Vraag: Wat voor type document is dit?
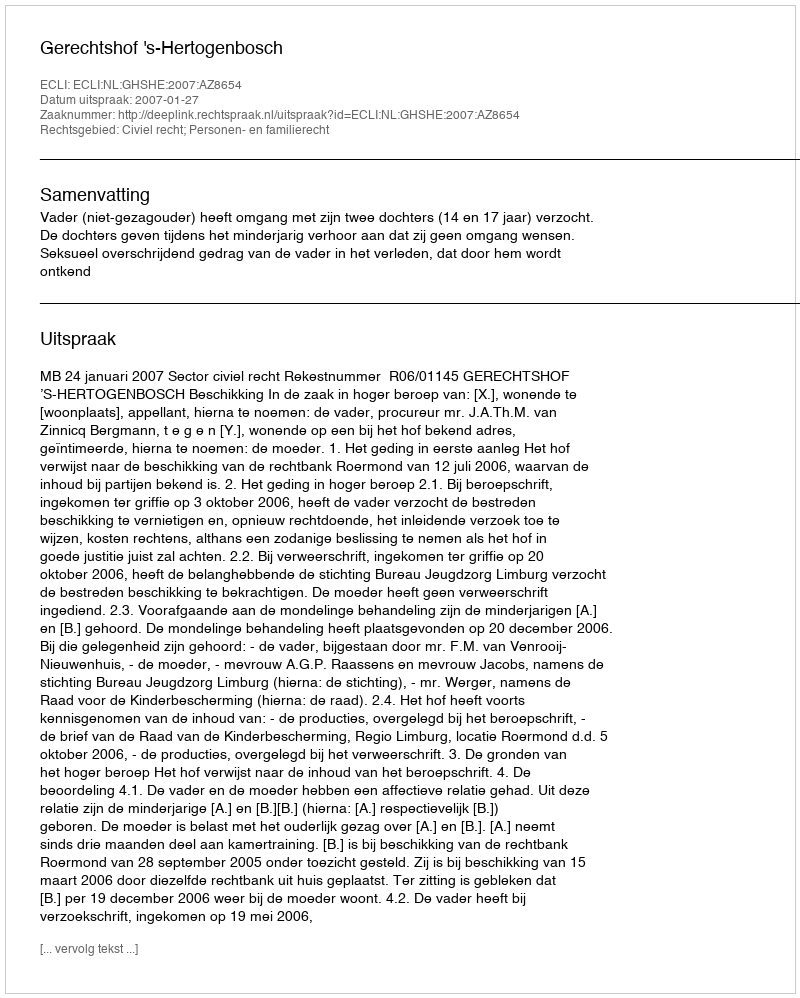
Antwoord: Uitspraak